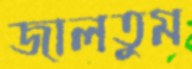
জালতুম